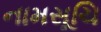
નામસૂચિ